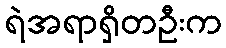
ရဲအရာရှိတဦးက